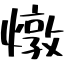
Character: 燉